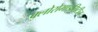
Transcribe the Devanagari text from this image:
क्लोरोमाइसिटीन